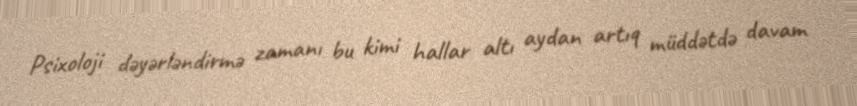
Psixoloji dəyərləndirmə zamanı bu kimi hallar altı aydan artıq müddətdə davam